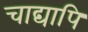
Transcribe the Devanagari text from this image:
चाद्यापि